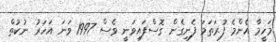
މަހީމާ އެންމެ ފުރަތަމަ ފެނިގެން ގޮސްފައިވަނީ ވެސް 1997 ވަނަ އަހަރު ނުކުތް